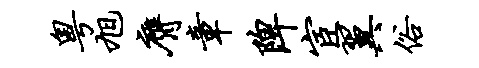
粤旭膺章陴宦翼俗